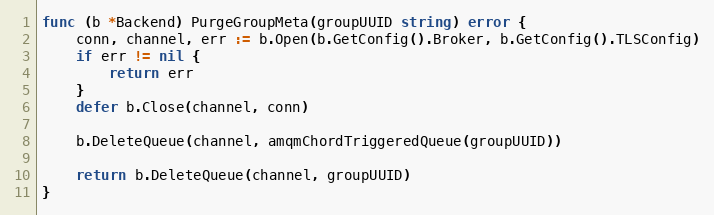
Language: Go
func (b *Backend) PurgeGroupMeta(groupUUID string) error {
	conn, channel, err := b.Open(b.GetConfig().Broker, b.GetConfig().TLSConfig)
	if err != nil {
		return err
	}
	defer b.Close(channel, conn)

	b.DeleteQueue(channel, amqmChordTriggeredQueue(groupUUID))

	return b.DeleteQueue(channel, groupUUID)
}